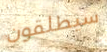
سيطلقون